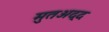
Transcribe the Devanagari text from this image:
मुतअद्द